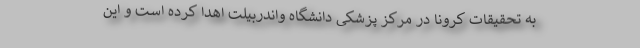
به تحقیقات کرونا در مرکز پزشکی دانشگاه واندربیلت اهدا کرده است و این